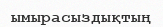
ымырасыздықтың